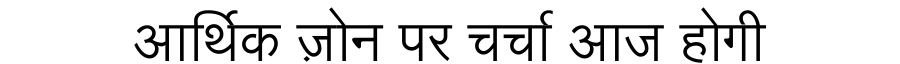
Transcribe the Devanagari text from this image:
आर्थिक ज़ोन पर चर्चा आज होगी